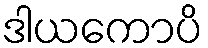
ဒါယကောပိ